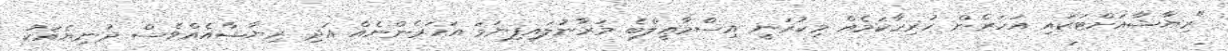
"ރިޔާޝާއަށްޓަކައި އަހަރެން ހުރިހާކަމެއް މިކުރަނީ އިސްމާޢީލްބެ މަރާނުލައިފިނަމަ އަހަރެންނެއް އަދި ރިޔާޝާއެއްވެސް ދުނިޔެއަކު